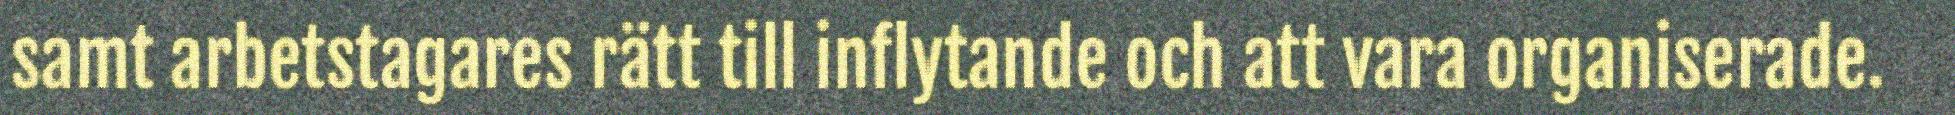
samt arbetstagares rätt till inflytande och att vara organiserade.